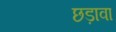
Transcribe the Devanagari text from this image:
छड़ावा